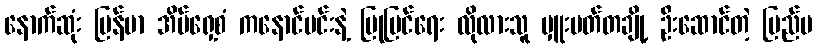
နောက်ဆုံး မြန်မာ အိမ်ရှေ့စံ ကနောင်မင်းနဲ့ ပြုပြင်ရေး လိုလားသူ မှူးမတ်တချို့ ဦးဆောင်တဲ့ ပြည်ပ